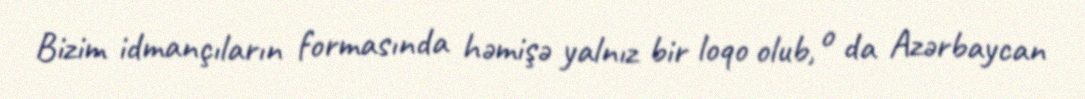
Bizim idmançıların formasında həmişə yalnız bir loqo olub, o da Azərbaycan